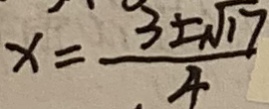
x = \frac { 3 \pm \sqrt { 1 7 } } { 4 }